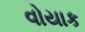
વોયાક